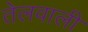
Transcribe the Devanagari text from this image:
तेलवाली